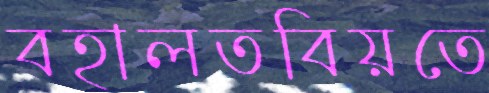
বহালতবিয়তে